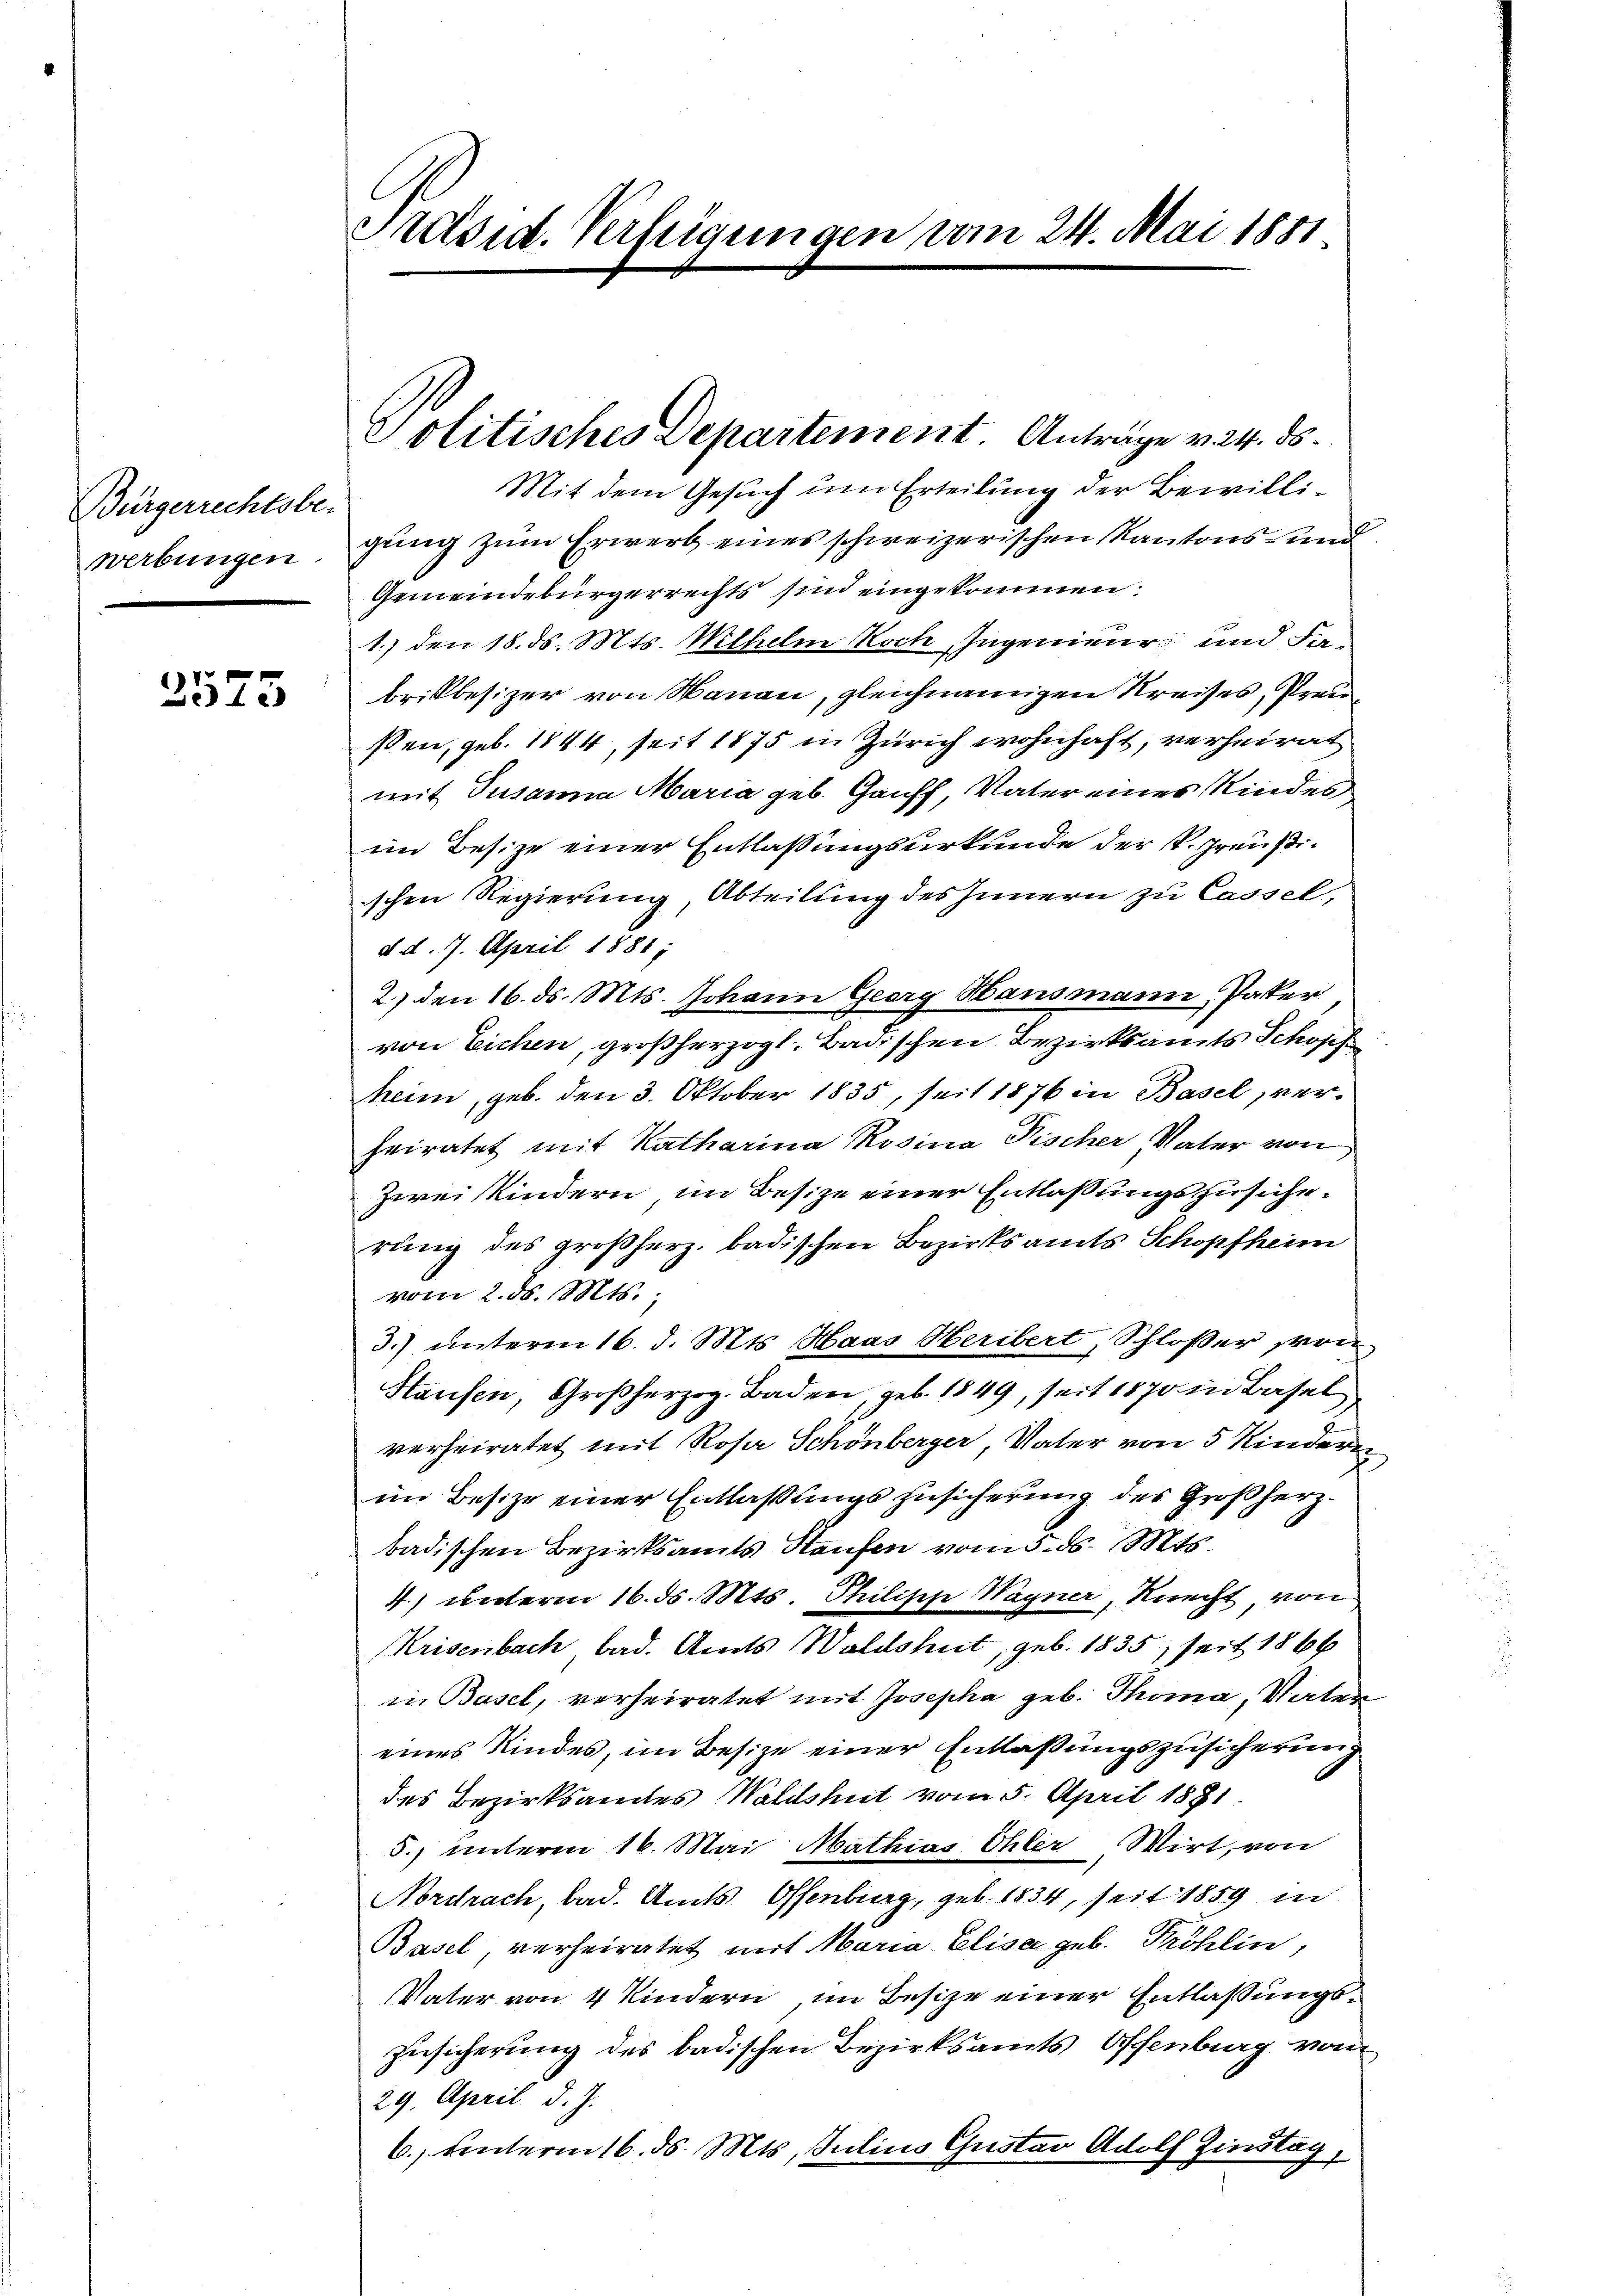
Bürgerrechtsbewerbungen.

)1
373

Präsid. Verfügungen vom 24. Mai 1881

Politisches Departement. Anträge v. 24. ds.

Mit dem Gesuch um Erteilung der Bewilligung zum Erwerb eines schweizerischen Kantons- und
Gemeindebürgerrechts sind eingekommen
1.) den 18. ds. Mts. Mlhelm Koch, Ingenieur und Fabrikbesizer von Manau, gleichnamigen Kreises, Preußen, geb. 1844, seit 1875 in Zürich wohnhaft, verheirat
mit Susanna Maria geb. Gauff, Vater eines Kindes
im Besize einer Entlassungsurkunde der K. Preußischen Regierung, Abteilung des Innern zu Cassel,
d. d. 7. April 1881;
2.) den 16. ds. Mts. Johann Georg Hausmann, Pater
von Eichen, großherzogl. Badischen Bezirksamts Schopf
heim, geb. den 3. Oktober 1835, seit 1876 in Basel verheiratet mit Katharina Mosina Fischer Vater von
Zwei Kindern, im Besize einer Entlaßungszusicherung des großherz. badischen Bezirksamts Schopfheim
vom 2. ds. Mts.,
3.) unterm 16. d. Mts. Haas Heribert, Schloßer von
Staufen, Großherzog. Baden, geb. 1849, seit 1870 in Basel
verheiratet mit Rosa Schönberger, Vater von 5 Kindern
im Besize einer Entlaßungs Zusicherung des Großherz.
badischen Bezirksamts Haufen vom 5. ds. Mts.
4.) unterm 16. ds. Mts. Philisch Wagner, Knecht, von
Krisenbach bad. Amts Waldshut, geb. 1835, seit 1866
in Basel, verheiratet mit Josepha geb. Thoma, Vater
eines Kindes, im Besize einer Entlaßungszusicherung
des Bezirksamtes Waldshut vom 5. April 1881.
5.) unteren 16. Mai Mathias Ohler Wirt, von
Nordrach, bad. Amts Offenburg, geb. 1834, seit 1859 in
Basel, verheiratet mit Maria Elisa geb. Pröhlin,
Vater von 4 Kindern, im Besize einer Entlaßungs¬
Zusicherung des badischen Bezirksamts Offenburg vom
29. April d. J.
6. unterm 16. ds. Mts. Julius Gustav Adolf Zinstag,